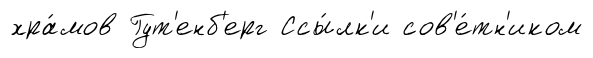
хра́мов Гут'енб'ерг Ссы́лк'и сов'е́тн'иком